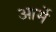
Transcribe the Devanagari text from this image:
आर्मे